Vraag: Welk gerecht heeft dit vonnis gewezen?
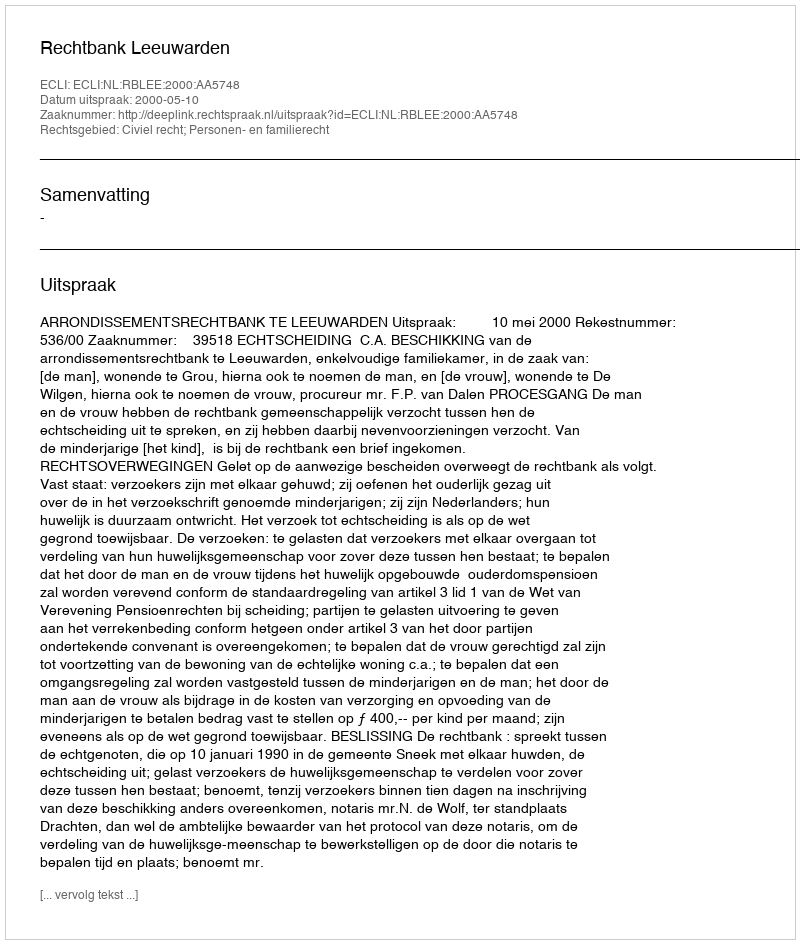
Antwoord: Rechtbank Leeuwarden